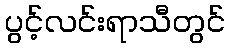
ပွင့်လင်းရာသီတွင်